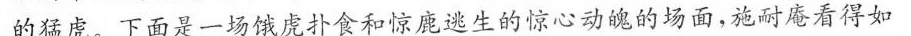
的猛虎。下面是一场饿虎扑食和惊鹿逃生的惊心动魄的场面，施耐庵看得如